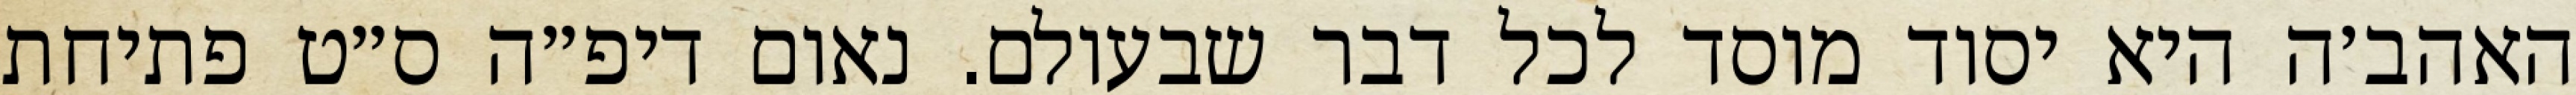
האהב׳ה היא יסוד מוסד לכל דבר שבעולם. נאום דיפ״ה ס״ט פתיחת